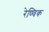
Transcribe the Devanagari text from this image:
रेण्विक